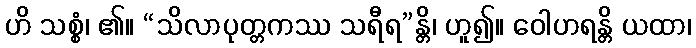
ဟိ သစ္စံ၊ ၏။ “သိလာပုတ္တကဿ သရီရ”န္တိ၊ ဟူ၍။ ဝေါဟရန္တိ ယထာ၊